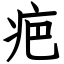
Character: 疤